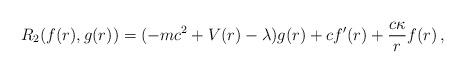
LaTeX: \begin{align*}R_{2} (f(r),g(r))=(-mc^2+V(r)-\lambda)g(r)+cf'(r)+\frac{c\kappa}{r}f(r)\, ,\end{align*}